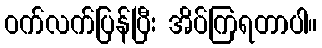
ဝက်လက်ပြန်ပြီး အိပ်ကြရတာပါ။